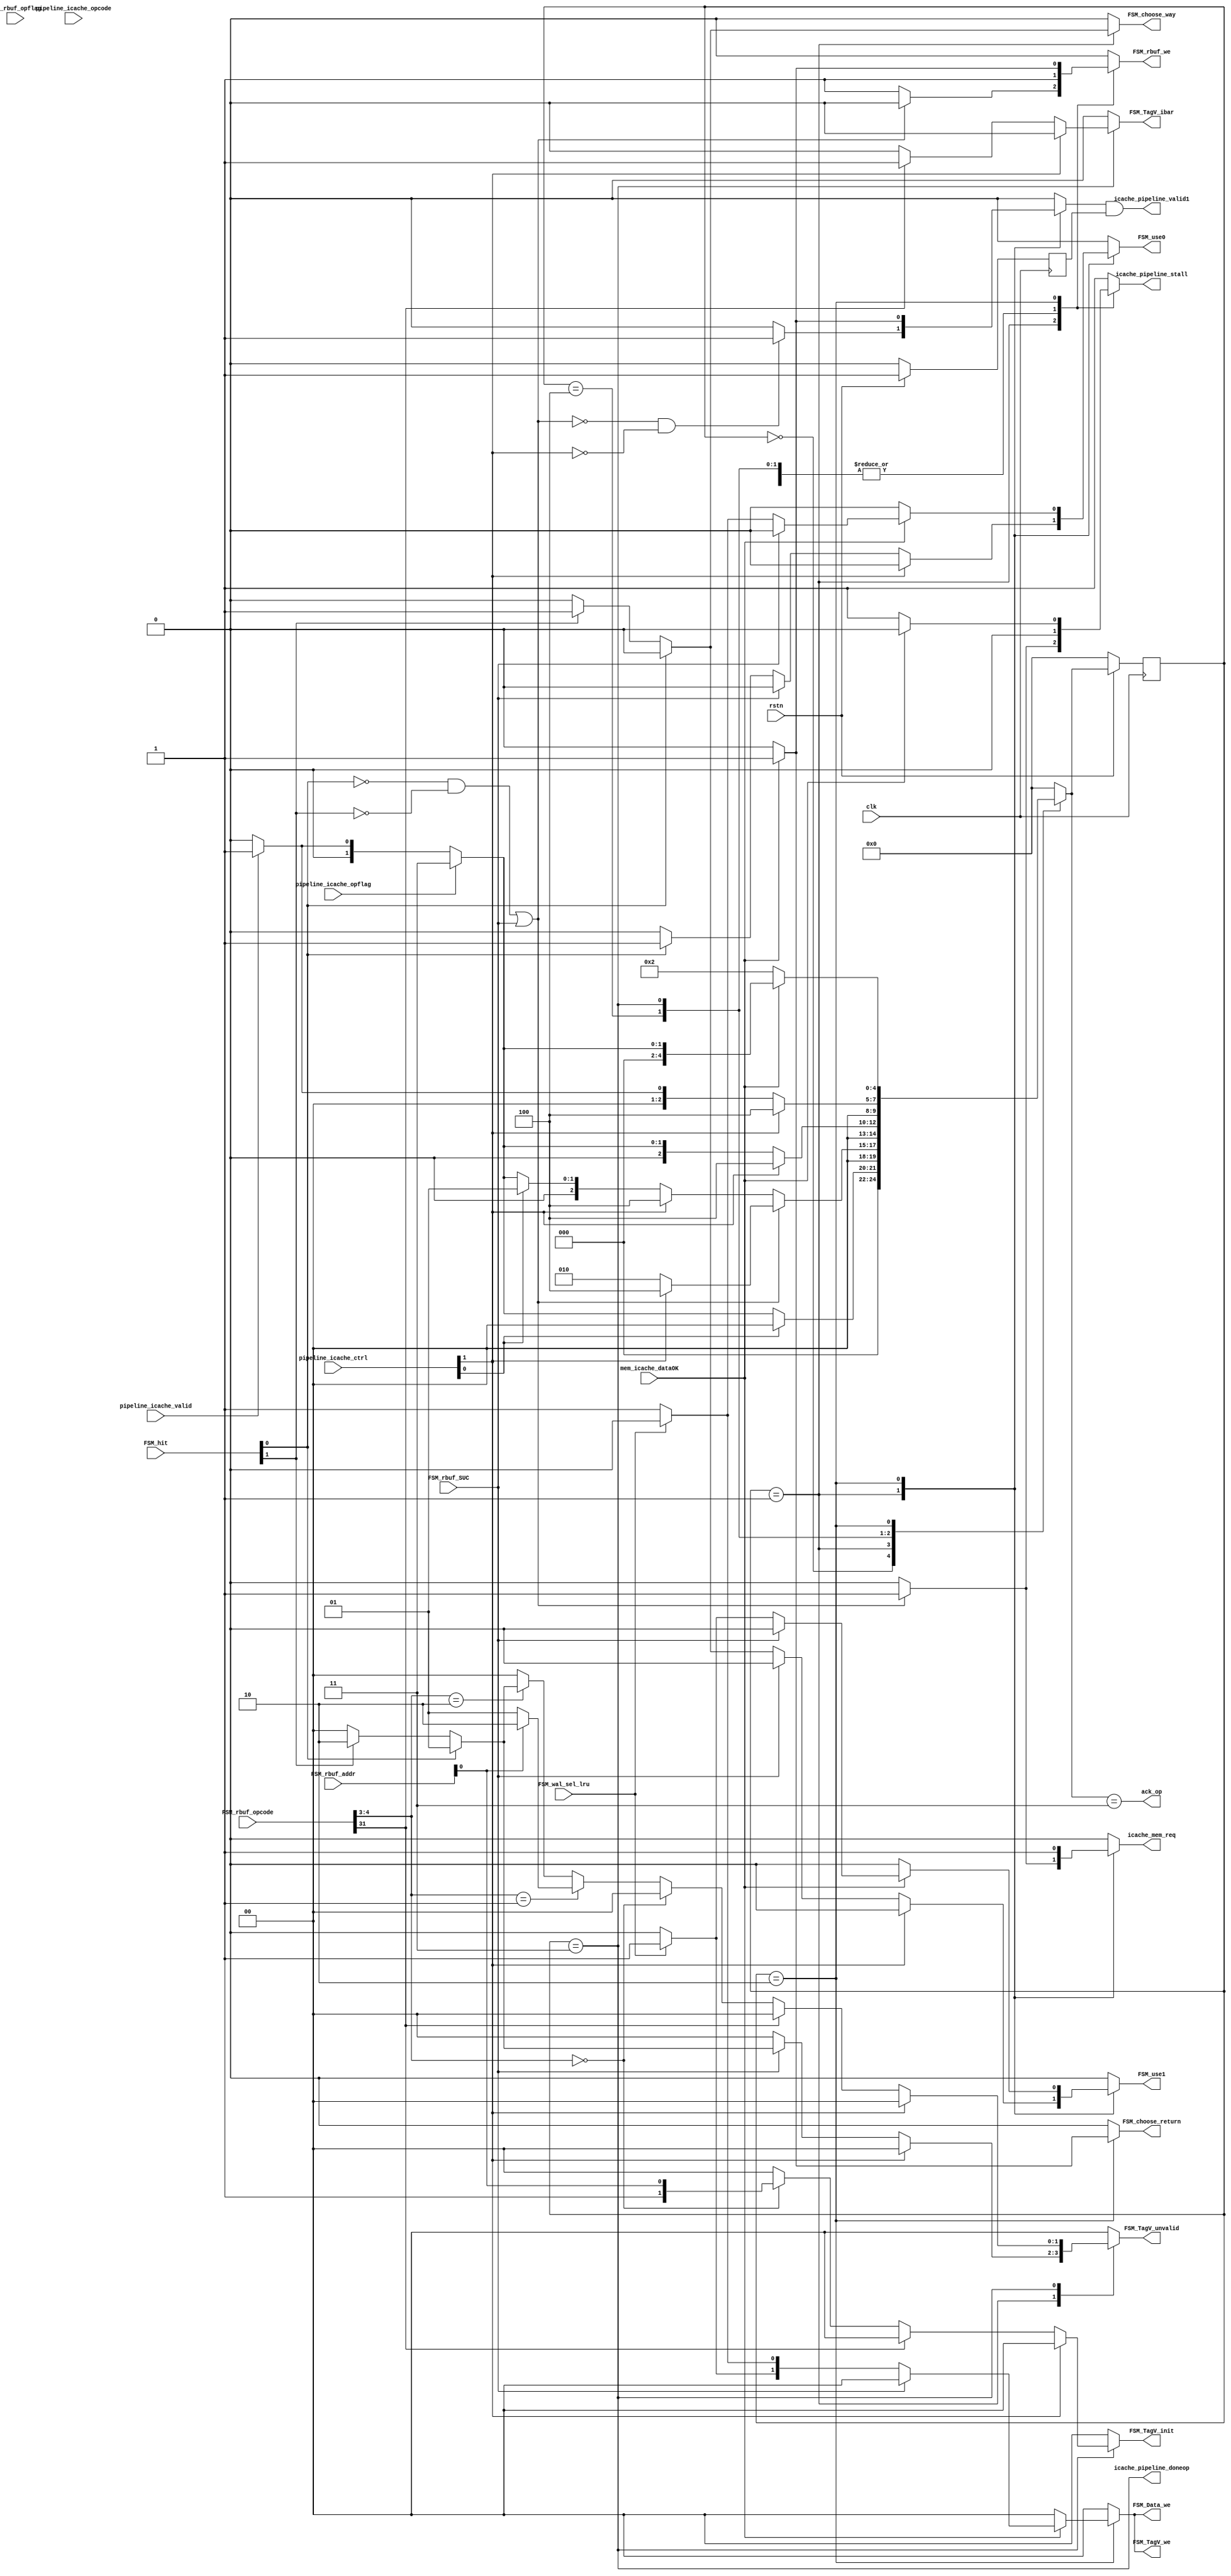
`timescale 1ns / 1ps
//////////////////////////////////////////////////////////////////////////////////
// Company: 
// Engineer: 
// 
// Design Name: 
// Module Name: Icache_FSMmain
// Project Name: 
// Target Devices: 
// Tool Versions: 
// Description: 
// 
// Dependencies: 
// 
// Revision:
// Revision 0.01 - File Created
// Additional Comments:
// 
//////////////////////////////////////////////////////////////////////////////////


module Icache_FSMmain#(
    parameter   index_width=4,
                offset_width=2,
                way=2
)
(
    input clk,rstn,

    //
    input       pipeline_icache_valid,
    output      icache_pipeline_valid1,
    input       [31:0]pipeline_icache_opcode,// rbuf
    input       pipeline_icache_opflag,
    output      icache_pipeline_doneop,
    output reg  ack_op,
    input       [31:0]pipeline_icache_ctrl,//stall flush branch ...
    output reg  icache_pipeline_stall,//stall form icache

    output reg  icache_mem_req,
    input       mem_icache_dataOK,//

    //
    
    //reqbuf
    output reg  FSM_rbuf_we,
    input       [31:0]FSM_rbuf_opcode,
    input       FSM_rbuf_opflag,
    input       [31:0]FSM_rbuf_addr,
    input       FSM_rbuf_SUC,

    //lru
    output reg  FSM_use0,FSM_use1,
    input       FSM_wal_sel_lru,

    //data TagV
    input       [way-1:0]FSM_hit,
    output reg  [way-1:0]FSM_Data_we,
    output      [way-1:0]FSM_TagV_we,//
    output reg  [way-1:0]FSM_TagV_unvalid,
    output reg  FSM_TagV_ibar,
    output reg  [1:0]FSM_TagV_init,

    //
    output reg  FSM_choose_way,
    output reg  FSM_choose_return
    
    );
//byte

reg icache_pipeline_valid;
assign FSM_TagV_we=FSM_Data_we;
wire hit0,hit1;
assign hit0=FSM_hit[0];
assign hit1=FSM_hit[1];
wire fStall_outside=pipeline_icache_ctrl[0];//
wire flush_outside=pipeline_icache_ctrl[1];
wire opflag;
assign opflag=pipeline_icache_opflag;
reg rstn_reg;
always @(posedge clk) begin
    if(~rstn) rstn_reg <= 0;
    else rstn_reg <= rstn;
end
reg [31:0]hit_cnt,miss_cnt;
reg we_hit_cnt,we_miss_cnt;
always @(posedge clk) begin
    if(!rstn)begin
        hit_cnt <= 0;
        miss_cnt <= 0;
    end
    else begin
        if(we_hit_cnt)hit_cnt <= hit_cnt + 1;
        if(we_miss_cnt)miss_cnt <= miss_cnt + 1;
    end
end
assign icache_pipeline_valid1=icache_pipeline_valid&rstn_reg;//ready
wire Miss = ((!hit0)&&(!hit1)) || FSM_rbuf_SUC;
reg [4:0]state;
reg [4:0]next_state;
localparam Idle=5'd0,Lookup=5'd1,Miss_r_waitdata=5'd2,Operation=5'd3,Flush=5'd4;
assign icache_pipeline_doneop = (state == Operation);
always @(posedge clk)begin
    if(!rstn)state<=0;
    else state<=next_state;
end
always @(*) begin
    next_state = Idle;
    case (state)
        Idle:begin
            if(fStall_outside)next_state = Idle;
            else if(opflag)next_state = Operation;
            else if(pipeline_icache_valid)next_state = Lookup;
        end
        Lookup:begin
            if(Miss)begin//MissStall
                if(flush_outside)next_state = Flush;
                else next_state = Miss_r_waitdata;
            end
            else begin//Hit
                if(flush_outside)next_state = Flush;
                else if(fStall_outside)next_state = Lookup;
                else if(opflag)next_state = Operation;
                else if(pipeline_icache_valid)next_state = Lookup;
            end
        end
        Flush:begin
            if(flush_outside)next_state = Flush;
            else if(opflag)next_state = Operation;
            else if(pipeline_icache_valid)next_state = Lookup;
        end
        Operation:begin
            if(flush_outside)next_state = Flush;
            else if(pipeline_icache_valid)begin
                // if(opflag)next_state = Operation;
                next_state = Lookup;
            end
        end
        Miss_r_waitdata:begin
            if(!mem_icache_dataOK)next_state = Miss_r_waitdata;
            else if(opflag)next_state = Operation;
            else if(pipeline_icache_valid)next_state = Lookup;
        end
        default:next_state = Idle;
    endcase
end
always @(*) begin
    icache_pipeline_valid = 0;
    icache_mem_req = 0;
    FSM_rbuf_we = 0;
    FSM_use0 = 0;
    FSM_use1 = 0;
    FSM_Data_we = 2'd0;
    FSM_choose_way = 0;
    FSM_choose_return = 0;
    FSM_TagV_init = 2'b0;
    FSM_TagV_ibar = 0;
    FSM_TagV_unvalid = 2'b0;
    ack_op = (next_state == Operation);
    icache_pipeline_stall = 1;
    we_hit_cnt = 0;
    we_miss_cnt = 0;
    case (state)
        Idle:begin
            icache_pipeline_stall = 0;
            FSM_rbuf_we=1;
        end
        Lookup:begin
            if(~Miss)we_hit_cnt = 1;
            else we_miss_cnt = 1;
            if(~Miss & ~flush_outside)icache_pipeline_valid = 1;
            if(Miss)icache_mem_req = 1;//flushl2
            else begin
                icache_pipeline_stall = 0;
                FSM_rbuf_we = 1;
            end
            if(hit0)begin FSM_choose_way=0; end
            else if(hit1)begin FSM_choose_way=1; end
            if(!flush_outside)begin
                if(FSM_rbuf_SUC)begin
                    if(hit0)FSM_TagV_unvalid = 2'b01;
                    else if(hit1)FSM_TagV_unvalid = 2'b10;
                end
                else begin
                    if(hit0)begin FSM_use0=1; end
                    else if(hit1)begin FSM_use1=1; end
                end
            end
        end
        Flush:begin
            icache_pipeline_stall = 0;
            FSM_rbuf_we=1;
        end
        Operation:begin//op 
            icache_pipeline_stall = 0;
            FSM_rbuf_we=1;
            if(!flush_outside)begin
                if(FSM_rbuf_opcode[31])FSM_TagV_ibar = 1;
                else if(FSM_rbuf_opcode[4:3] == 2'd0)begin
                    FSM_TagV_init = {1'b1,FSM_rbuf_addr[0]};
                end
                else if(FSM_rbuf_opcode[4:3] == 2'd1)begin
                    if(!FSM_rbuf_addr[0])FSM_TagV_unvalid = 2'b01;
                    else FSM_TagV_unvalid = 2'b10;
                end
                else if(FSM_rbuf_opcode[4:3] == 2'd2)begin
                    if(hit0)FSM_TagV_unvalid = 2'b01;
                    else if(hit1)FSM_TagV_unvalid = 2'b10;
                end
            end
        end
        Miss_r_waitdata:begin
            icache_mem_req=1;
            if(mem_icache_dataOK)begin
                FSM_rbuf_we=1;
                FSM_choose_return=1;
                icache_pipeline_valid = 1;
                icache_pipeline_stall = 0;
                if(!FSM_rbuf_SUC)begin
                    if(~FSM_wal_sel_lru)begin FSM_use0=1; FSM_Data_we[0]=1;end
                    else begin FSM_use1=1; FSM_Data_we[1]=1;end
                end
            end
        end
        default:;
    endcase
end
endmodule